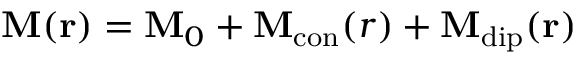
\mathbf { M } ( \mathbf { r } ) = \mathbf { M } _ { 0 } + \mathbf { M } _ { \mathrm { c o n } } ( r ) + \mathbf { M } _ { \mathrm { d i p } } ( \mathbf { r } )